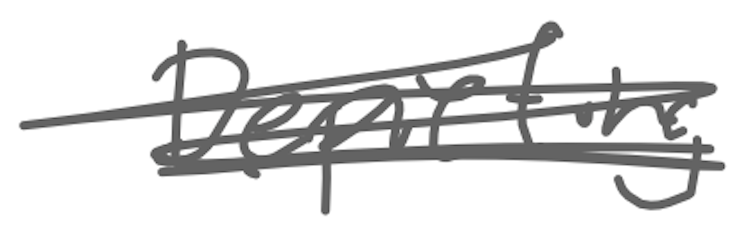
Text: Depicting
Cross-out: scratch
Writing tool: digital_gray